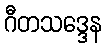
ဂီတသဒ္ဒေန